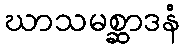
ဃာသမစ္ဆာဒနံ